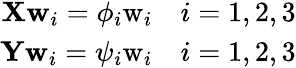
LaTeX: \begin{array}{r}{\mathbf{X}\mathbf{w}_{i}=\phi_{i}\mathrm{w}_{i}\quad i={1,2,3}}\\ {\mathbf{Y}\mathbf{w}_{i}=\psi_{i}\mathrm{w}_{i}\quad i={1,2,3}}\end{array}